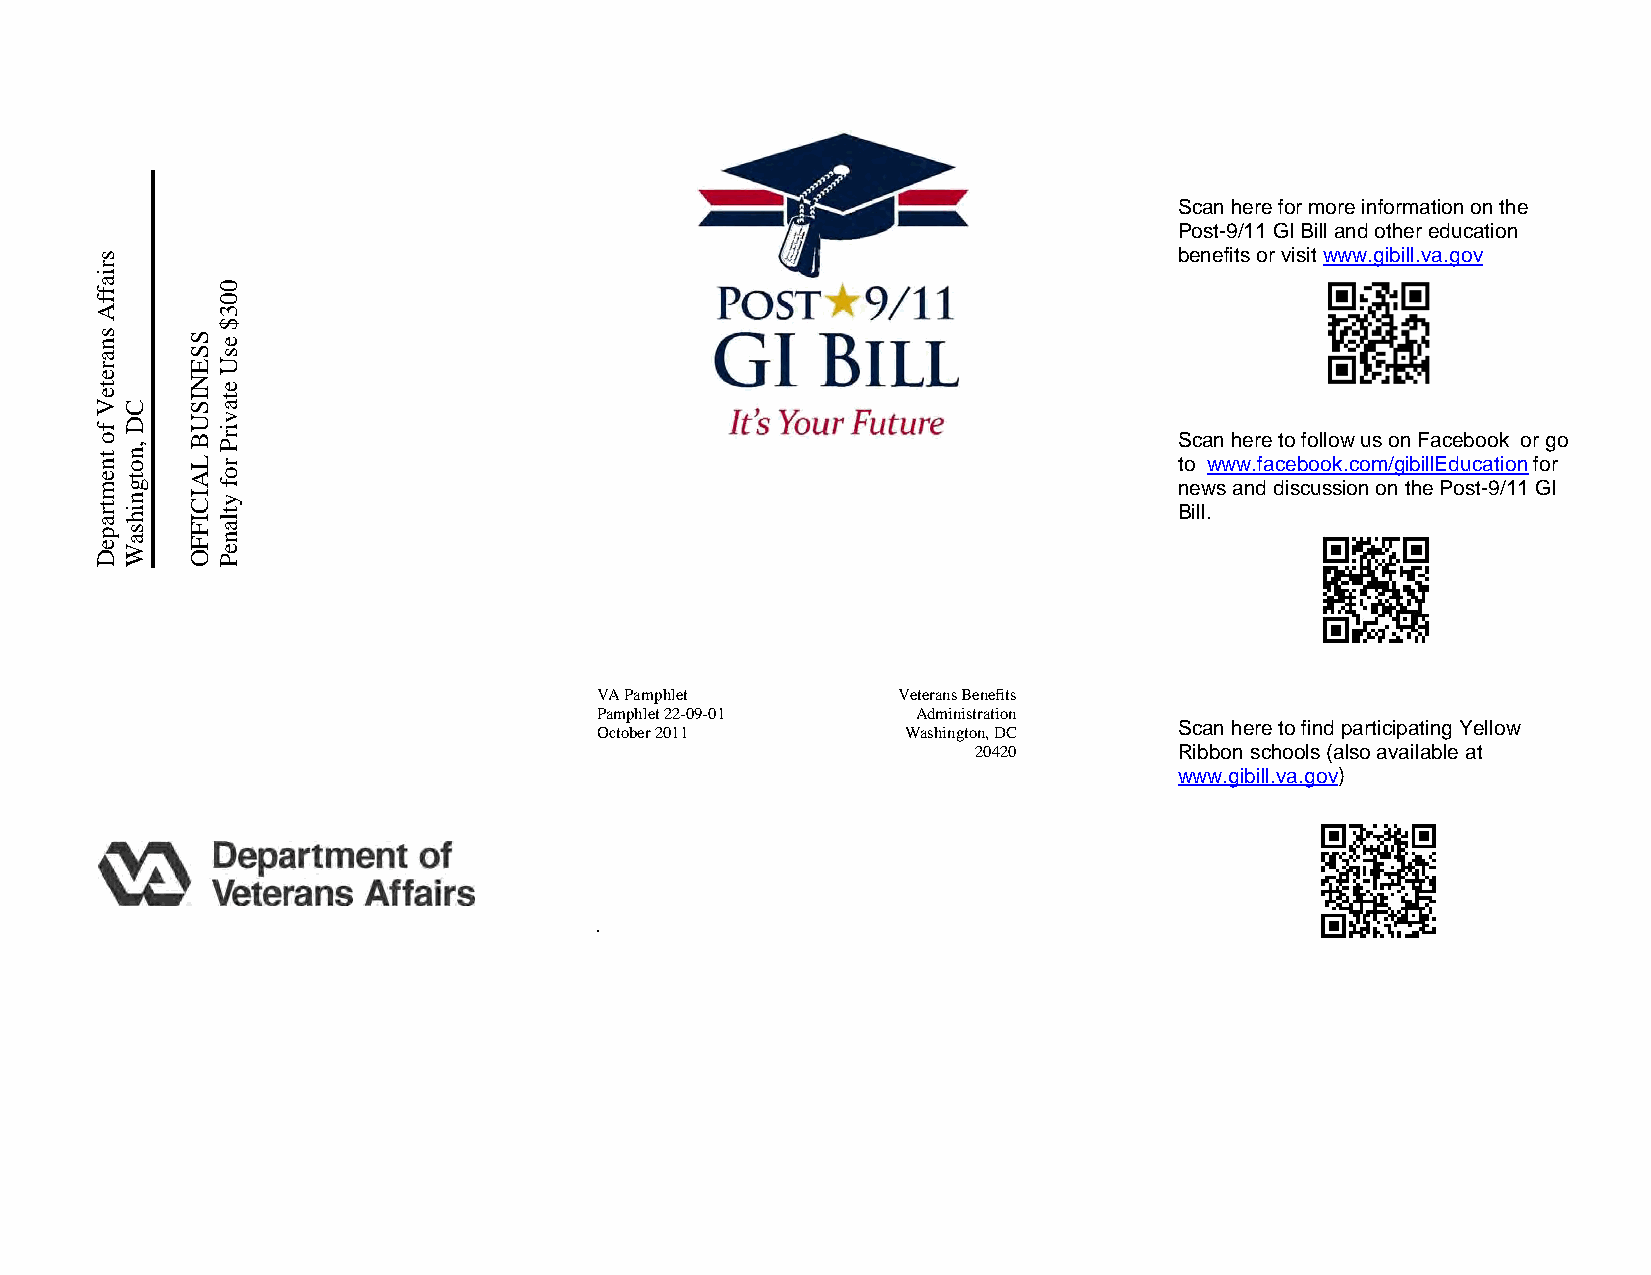
Scan here for more information on the
 Post-9/11 GI Bill and other education
 benefits or visit www.gibill.va.gov
 Scan here to follow us on Facebook or go
 to www.facebook.com/gibillEducation for
 news and discussion on the Post-9/11 GI
 Bill.
 V A Pamphlet        Veterans Benefits
 Pamphlet 22-09-01     Administration
 Scan here to find participating Yellow
 October 2011         Washington, DC
 20420        Ribbon schools (also available at
 www.gibill.va.gov)
 .
 sriaffA
 snareteV
 fo
 tnemtrapeD
 CD
 ,notgnihsaW
 SSENISUB
 LAICIFFO
 003$
 esU
 etavirP
 rof
 ytlaneP